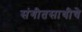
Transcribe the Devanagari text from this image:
संगीतसाथीचे